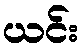
ယင်း